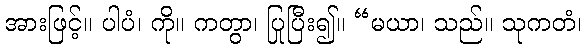
အားဖြင့်။ ပါပံ၊ ကို။ ကတွာ၊ ပြုပြီး၍။ “မယာ၊ သည်။ သုကတံ၊